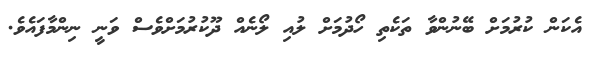
އެކަން ކުރުމަށް ބޭނުންވާ ތަކެތި ހޯދުމަށް ލުއި ލޯނެއް ދޫކުރުމަށްވެސް ވަނީ ނިންމާފައެވެ.